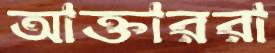
আক্তাররা